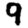
Digit: 9